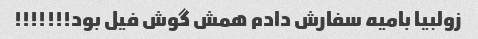
زولبیا بامیه سفارش دادم همش گوش فیل بود!!!!!!!